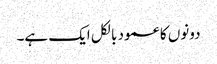
دونوں کا عمود بالکل ایک ہے۔